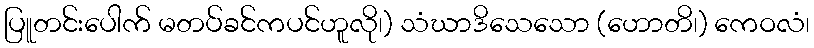
ပြူတင်းပေါက် မတပ်ခင်ကပင်ဟူလို၊) သံဃာဒိသေသော (ဟောတိ၊) ကေဝလံ၊